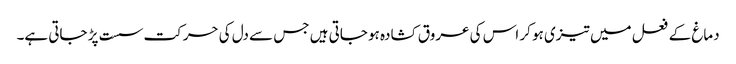
دماغ کے فعل میں تیزی ہو کر اس کی عروق کشادہ ہو جاتی ہیں جس سے دل کی حرکت سست پڑ جاتی ہے۔